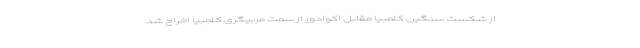
از شکست سنگین کلمبیا مقابل اکوادور از سمت مربیگری کلمبیا اخراج شد.